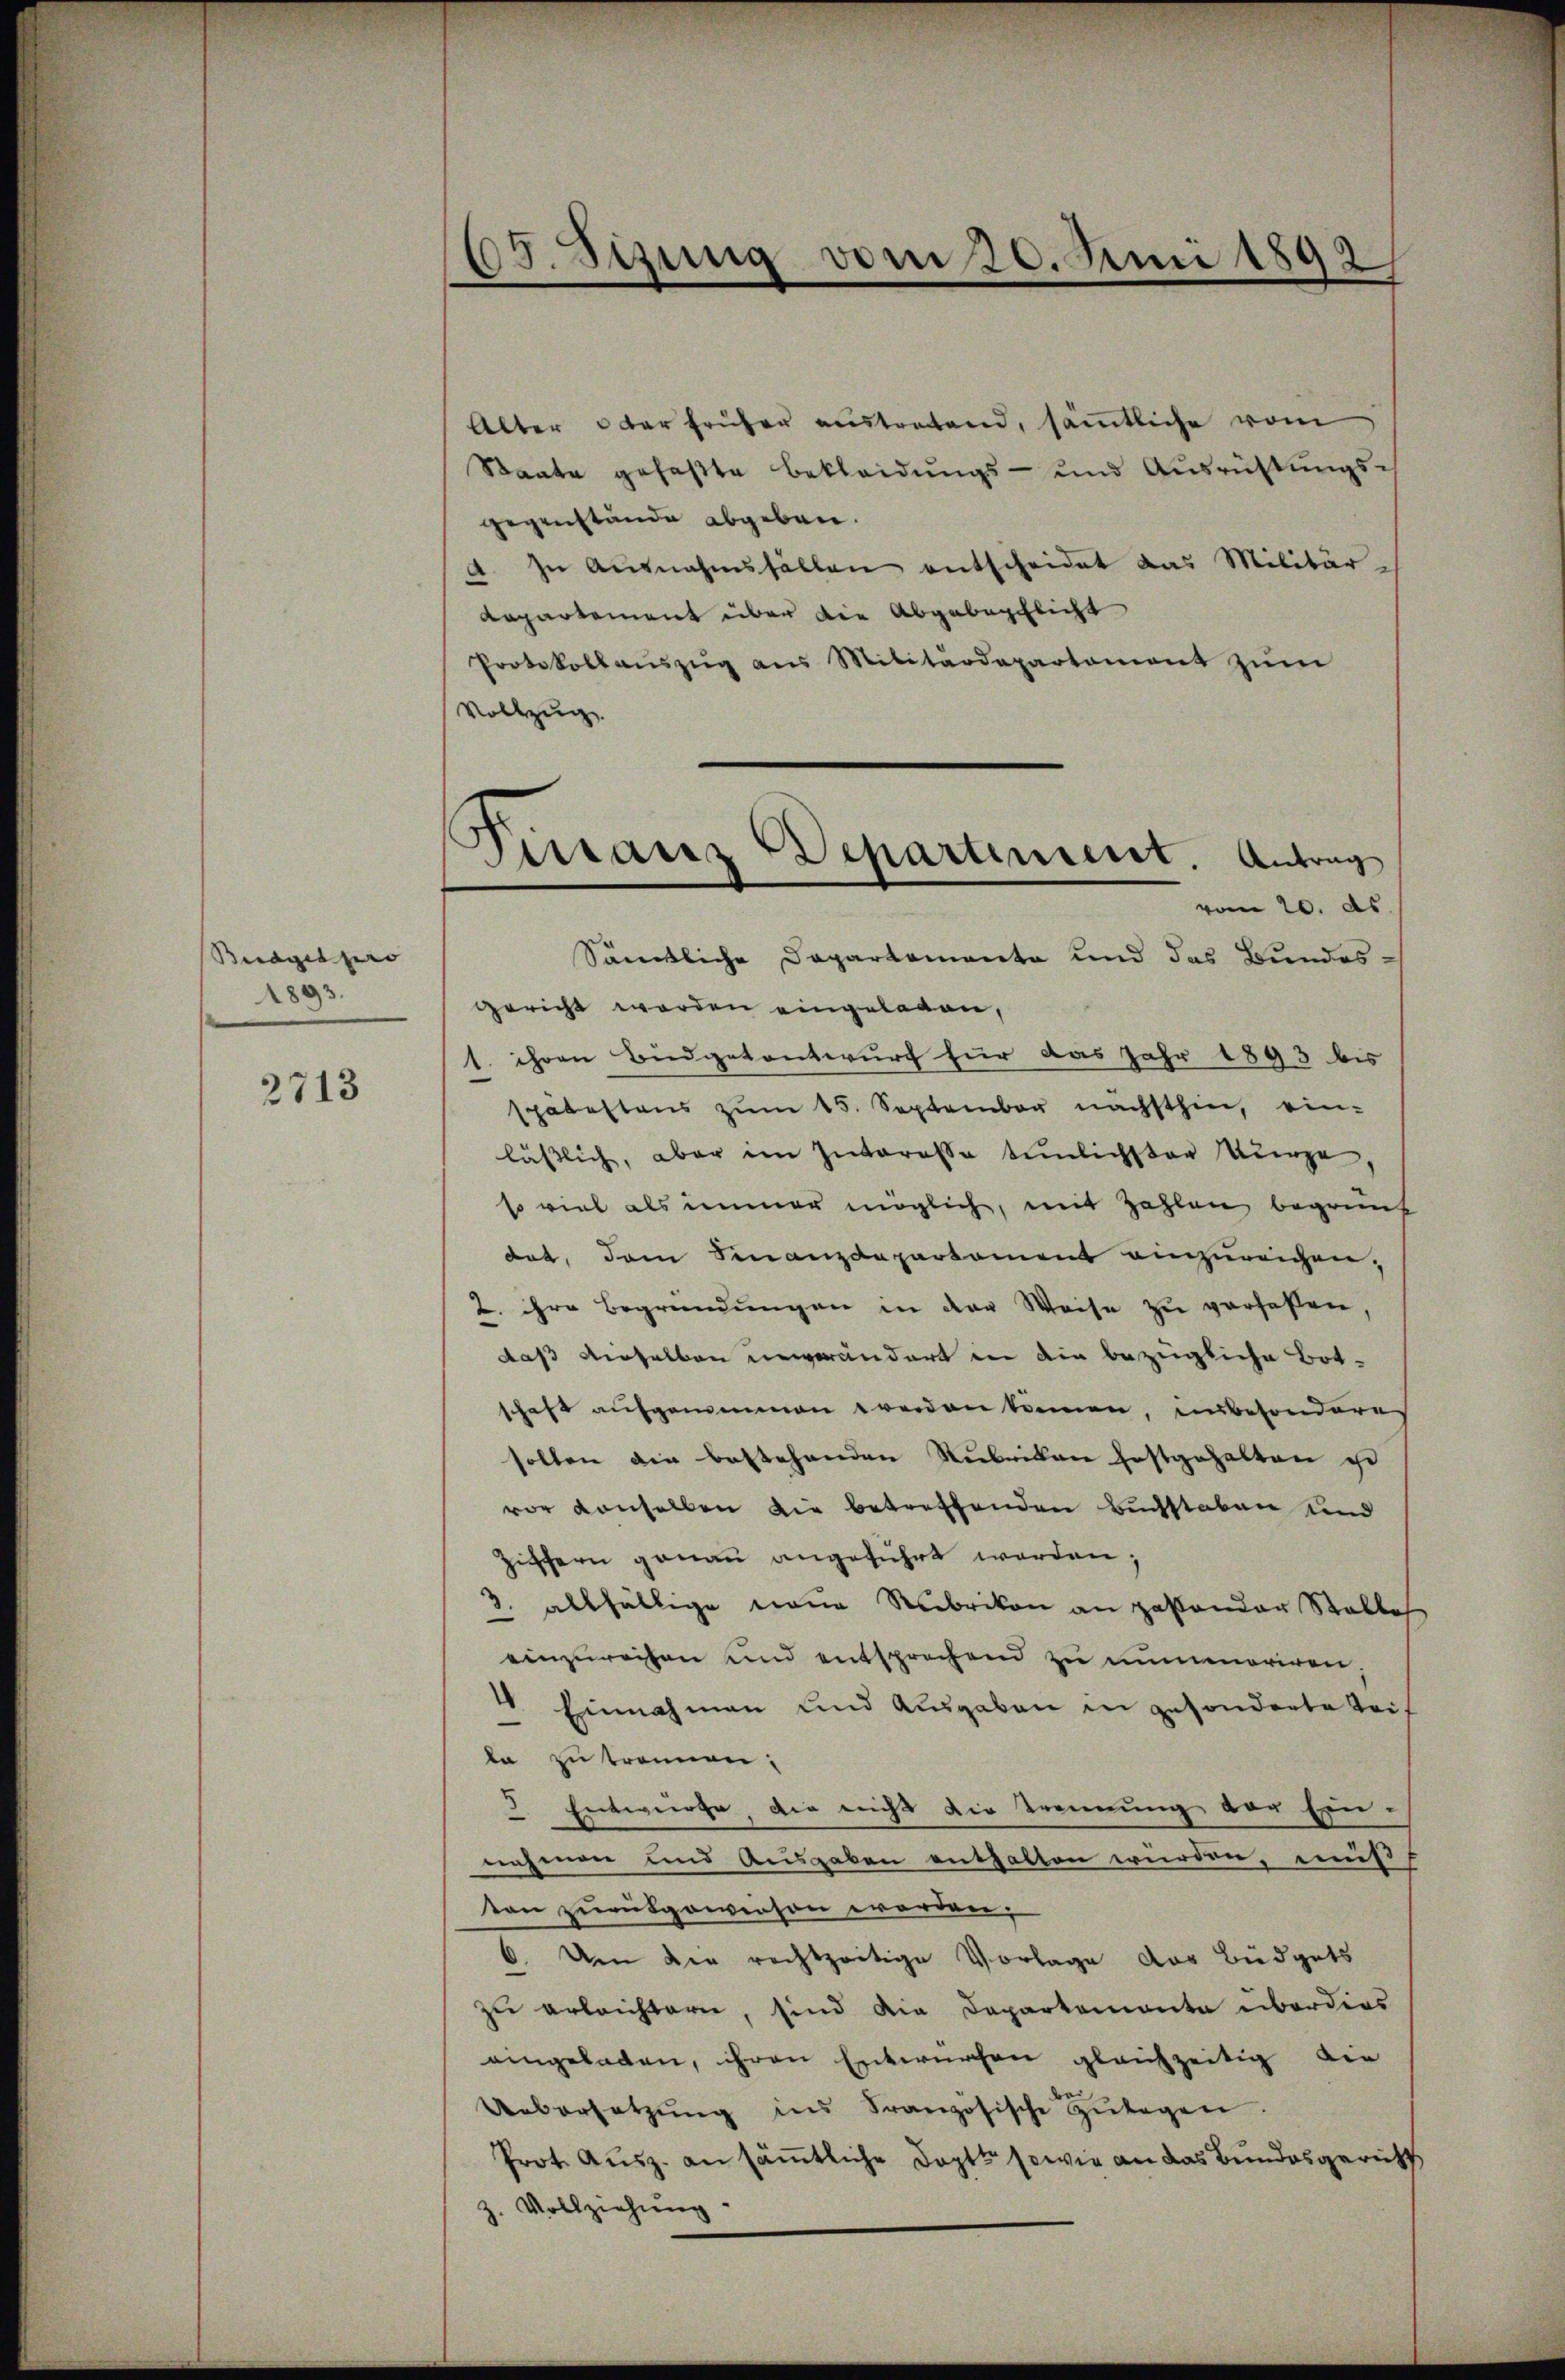
Budget pro
1893.

2713

15. Jung vom 20. Juni 1892/

Alter oder früher austretend, sämtliche vom
Staate gefaßte Bekleidungs- und Ausrichtungsgegenstände abgeben.
a. In Ausnahmsfällen entscheidet das Militär¬
Lapartement über die Abgabepflicht
Protokollaŭszŭg ans Militärdepartament zŭm
Vollzug
vom 20. ds.
Sämtliche Departemente und das Bundes-
gericht worden eingeladen,
1. ihren Büdgetantwurf für das Jahr 1893 bis
spätestens zŭm 15. September nächsthin, ein-
lässlich, aber im Interessa tenlichster Kurze
s viel als immer möglich, mit Zahlen begründ
det, dem Finanzdepartament einzureichen,
2. ihre Begründŭngen in der Weise zŭ verfaßen,
daß dieselben unverändert in die bezügliche Botschaft aufgenommen werden können, insbesondere
solten die bestehenden Rubrikan festgehalten ist
vor Konsollen die betreffenden Buchstaben und
Zifern genau angeführt werden;
2. allfällige neue Rubrikon an pastander Stalles
einzureisen und entsprechend zŭ mummariren.
4. Einnahmen und Ausgaben in gesonderte Trif
la zu trennen;
5. Entwurfe, die nicht die Trennung der Ein-
nahmen und Ausgaben enthalten wurden, muß
ton zurükgewiesen worden;
6. Um die rechtzeitige Vorlage das Büdgets
zu erleichtern, sind die Departemente überdies
aingeladen, ihren Entwürfen gleichzeitig die
Uebersetzŭng ins Französische Zŭlagen.
Prot. Ausz. an sämtliche Doptt sowie an das Bundesgericht
z. Vollziehŭng

Tirranz Departiment. Antrag